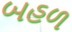
બહળ